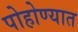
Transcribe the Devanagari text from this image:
पोहोण्यात